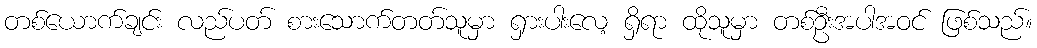
တစ်ယောက်ချင်း လည်ပတ် စားသောက်တတ်သူမှာ ရှားပါးလေ့ ရှိရာ ထိုသူမှာ တစ်ဦးအပါအဝင် ဖြစ်သည်။